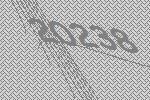
20238